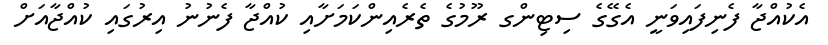
އެކުއްޖާ ފެނިފައިވަނީ އެގޭގެ ސިޓިންގ ރޫމުގެ ތެރެއިންކަމަށާއި ކުއްޖާ ފެނުނު އިރުގައި ކުއްޖާއަށް